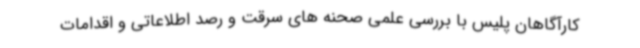
کارآگاهان پلیس با بررسی علمی صحنه های سرقت و رصد اطلاعاتی و اقدامات